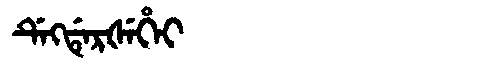
Manchu: ᡩᡝᡴᡩᡝᡵᡧᡝᡥᡝᡳ
Romanization: DEKDERŠEHEI